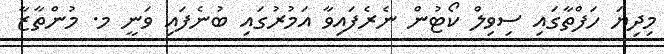
މިދިޔަ ހަފްތާގައި ސިވިލް ކޯޓުން ނެރެފައިވާ އަމުރުގައި ބުނެފައި ވަނީ މ. މުންތާޒާ